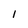
Character: I